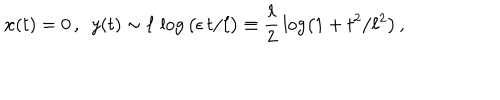
LaTeX: { \bf x } ( t ) = 0 \, , ~ ~ y ( t ) \sim \ell \, \log \big ( \epsilon \, t / \ell \big ) \equiv \frac { \ell } { 2 } \, \log \left( 1 + t ^ { 2 } / \ell ^ { 2 } \right) \, ,